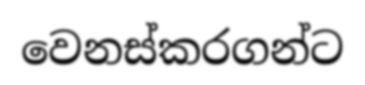
වෙනස්කරගන්ට